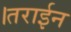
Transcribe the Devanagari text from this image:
।तराईन